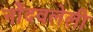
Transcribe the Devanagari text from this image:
नोेंदवलेली